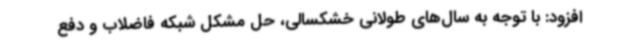
افزود: با توجه به سال‌های طولانی خشکسالی، حل مشکل شبکه فاضلاب و دفع